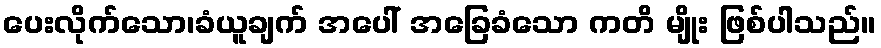
ပေးလိုက်သော၊ခံယူချက် အပေါ် အခြေခံသော ကတိ မျိုး ဖြစ်ပါသည်။